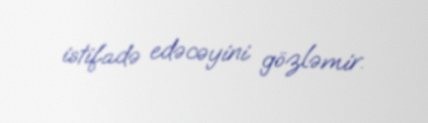
istifadə edəcəyini gözləmir.